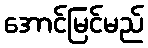
အောင်မြင်မည်